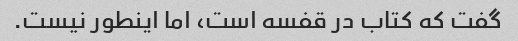
گفت که کتاب در قفسه است، اما اینطور نیست.